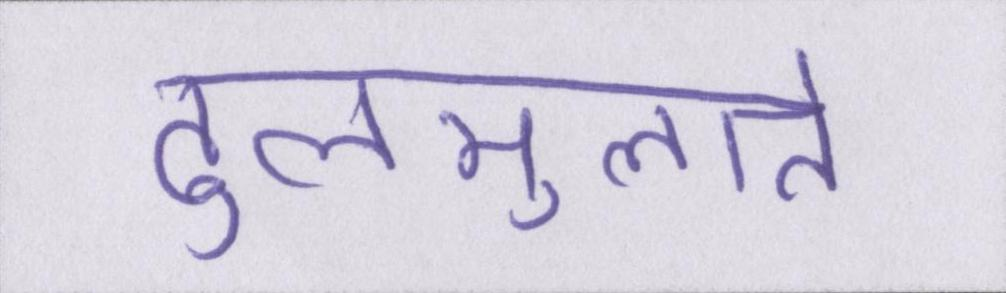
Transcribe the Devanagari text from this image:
ढुलमुलाते